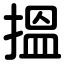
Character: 搵